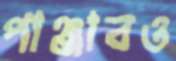
পাঞ্জাবও